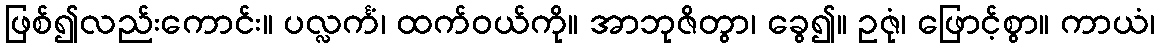
ဖြစ်၍လည်းကောင်း။ ပလ္လင်္ကံ၊ ထက်ဝယ်ကို။ အာဘုဇိတွာ၊ ခွေ၍။ ဥဇုံ၊ ဖြောင့်စွာ။ ကာယံ၊